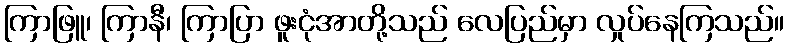
ကြာဖြူ၊ ကြာနီ၊ ကြာပြာ ဖူးငုံအာတို့သည် လေပြည်မှာ လှုပ်နေကြသည်။